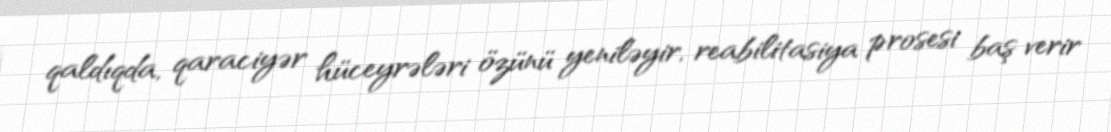
qaldıqda, qaraciyər hüceyrələri özünü yeniləyir, reabilitasiya prosesi baş verir